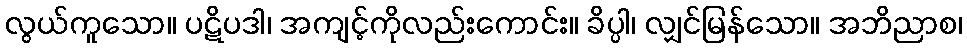
လွယ်ကူသော။ ပဋိပဒါ၊ အကျင့်ကိုလည်းကောင်း။ ခိပ္ပါ၊ လျှင်မြန်သော။ အဘိညာစ၊